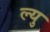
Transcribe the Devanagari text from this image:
ल्यु